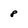
Character: 8